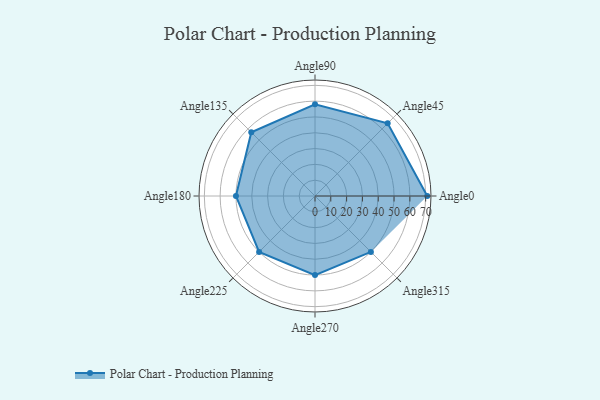
{"axis": {"x": "Angle", "y": "Radius"}, "legend": [""], "data": [{"x": "Angle0", "y": 71.0, "type": ""}, {"x": "Angle45", "y": 65.0, "type": ""}, {"x": "Angle90", "y": 58.0, "type": ""}, {"x": "Angle135", "y": 57.0, "type": ""}, {"x": "Angle180", "y": 50, "type": ""}, {"x": "Angle225", "y": 50, "type": ""}, {"x": "Angle270", "y": 50, "type": ""}, {"x": "Angle315", "y": 50, "type": ""}]}